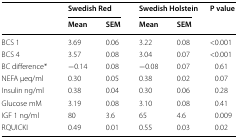
<table><thead><tr><td rowspan="2"></td><td colspan="2"><b>Swedish Red</b></td><td colspan="2"><b>Swedish Holstein</b></td><td rowspan="2"><b>P value</b></td></tr><tr><td><b>Mean</b></td><td><b>SEM</b></td><td><b>Mean</b></td><td><b>SEM</b></td></tr></thead><tbody><tr><td>BCS 1</td><td>3.69</td><td>0.06</td><td>3.22</td><td>0.08</td><td>&lt;0.001</td></tr><tr><td>BCS 4</td><td>3.57</td><td>0.08</td><td>3.04</td><td>0.07</td><td>&lt;0.001</td></tr><tr><td>BC difference*</td><td>−0.14</td><td>0.08</td><td>−0.08</td><td>0.07</td><td>0.61</td></tr><tr><td>NEFA μeq/ml</td><td>0.30</td><td>0.05</td><td>0.38</td><td>0.02</td><td>0.07</td></tr><tr><td>Insulin ng/ml</td><td>0.38</td><td>0.04</td><td>0.30</td><td>0.06</td><td>0.28</td></tr><tr><td>Glucose mM</td><td>3.19</td><td>0.08</td><td>3.10</td><td>0.08</td><td>0.41</td></tr><tr><td>IGF 1 ng/ml</td><td>80</td><td>3.6</td><td>65</td><td>4.6</td><td>0.009</td></tr><tr><td>RQUICKI</td><td>0.49</td><td>0.01</td><td>0.55</td><td>0.03</td><td>0.02</td></tr></tbody></table>